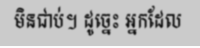
មិនជាប់។ ដូច្នេះ អ្នកដែល